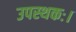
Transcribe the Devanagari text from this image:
उपस्थकः।